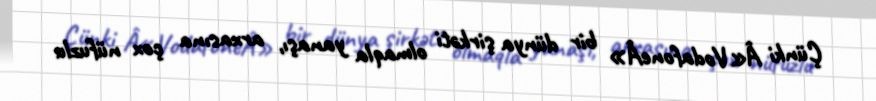
Çünki Â«VodafoneÂ» bir dünya şirkəti olmaqla yanaşı, arxasına çox nüfuzlu